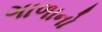
ગાળાનો